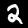
Digit: 2